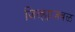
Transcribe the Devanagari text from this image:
जिल्ह्याजवळ